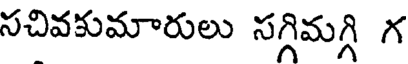
సచివకుమారులు సగ్గిమగ్గి గ